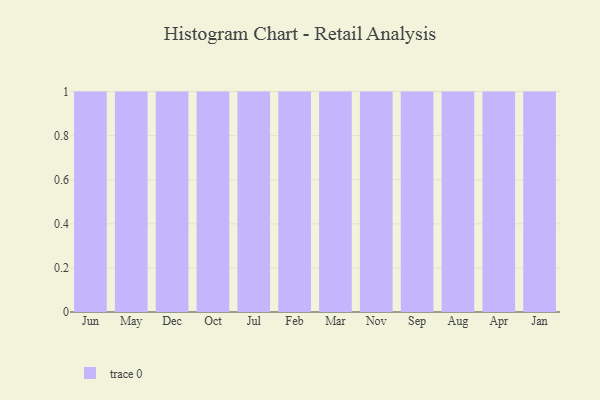
{"axis": {"x": "Month", "y": "Satisfaction Score"}, "legend": [""], "data": [{"x": "Jun", "y": 76, "type": ""}, {"x": "May", "y": 7, "type": ""}, {"x": "Dec", "y": 60, "type": ""}, {"x": "Oct", "y": 55, "type": ""}, {"x": "Jul", "y": 42, "type": ""}, {"x": "Feb", "y": 60, "type": ""}, {"x": "Mar", "y": 83, "type": ""}, {"x": "Nov", "y": 69, "type": ""}, {"x": "Sep", "y": 80, "type": ""}, {"x": "Aug", "y": 5, "type": ""}, {"x": "Apr", "y": 19, "type": ""}, {"x": "Jan", "y": 67, "type": ""}]}